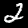
Label: 2